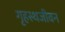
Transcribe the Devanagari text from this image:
गृहस्थजीवन